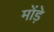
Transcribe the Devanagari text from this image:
मोंड़े